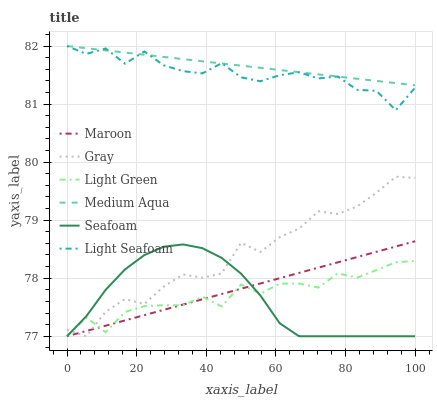
| xaxis_label | Maroon | Gray | Light Green | Medium Aqua | Seafoam | Light Seafoam |
 | --- | --- | --- | --- | --- | --- | --- |
 | 0 | 77 | 77.1 | 77 | 82 | 77 | 82 |
 | 5.56 | 77.1 | 77 | 77.3 | 82 | 77.3 | 81.9 |
 | 11.1 | 77.2 | 77.4 | 77.1 | 81.9 | 77.8 | 82 |
 | 16.7 | 77.3 | 77.6 | 77.4 | 81.9 | 78.2 | 81.7 |
 | 22.2 | 77.4 | 77.6 | 77.5 | 81.8 | 78.4 | 81.9 |
 | 27.8 | 77.5 | 77.9 | 77.5 | 81.8 | 78.5 | 81.7 |
 | 33.3 | 77.5 | 78.1 | 77.5 | 81.8 | 78.6 | 81.6 |
 | 38.9 | 77.6 | 78 | 77.7 | 81.7 | 78.5 | 81.5 |
 | 44.4 | 77.7 | 78.1 | 77.5 | 81.7 | 78.3 | 81.7 |
 | 50 | 77.8 | 78.6 | 77.9 | 81.7 | 78.1 | 81.5 |
 | 55.6 | 77.9 | 78.5 | 77.7 | 81.6 | 77.7 | 81.4 |
 | 61.1 | 78 | 78.7 | 77.9 | 81.6 | 77.2 | 81.5 |
 | 66.7 | 78.1 | 78.9 | 77.9 | 81.5 | 77 | 81.5 |
 | 72.2 | 78.2 | 79.2 | 77.8 | 81.5 | 77 | 81.4 |
 | 77.8 | 78.3 | 79.1 | 78.1 | 81.5 | 77 | 81.5 |
 | 83.3 | 78.4 | 79.2 | 78 | 81.4 | 77 | 81.2 |
 | 88.9 | 78.5 | 79.5 | 78.1 | 81.4 | 77 | 81.2 |
 | 94.4 | 78.5 | 79.7 | 78.3 | 81.4 | 77 | 80.9 |
 | 100 | 78.6 | 79.7 | 78.3 | 81.3 | 77 | 81.3 |